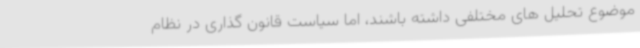
موضوع تحلیل های مختلفی داشته باشند، اما سیاست قانون گذاری در نظام